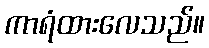
ကာရံထားလေသည်။